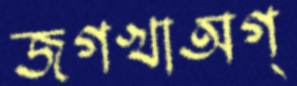
জগখাঅগ্